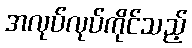
အလုပ်လုပ်ကိုင်သည့်